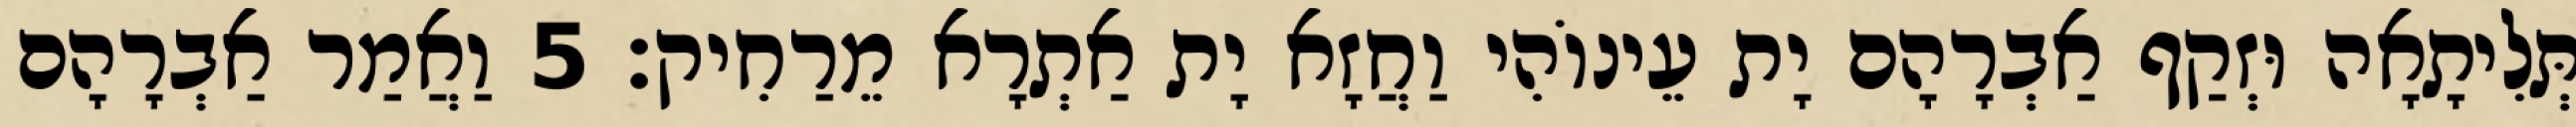
תְּלִיתָאָה וּזְקַף אַבְרָהָם יָת עֵינוֹהִי וַחֲזָא יָת אַתְרָא מֵרַחִיק׃ 5 וַאֲמַר אַבְרָהָם